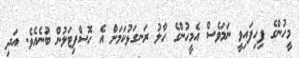
މީހުންގެ ފިހިފައިވީ ނަމަވެސް އެމީހުންގެ ހާލު ރަނގަޅުކަމަށް އެ ހޮސްޕިޓަލުން ބުނެއެވެ. އަދި